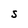
Character: S